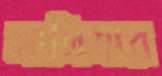
সালিমার